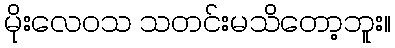
မိုးလေဝသ သတင်းမသိတော့ဘူး။